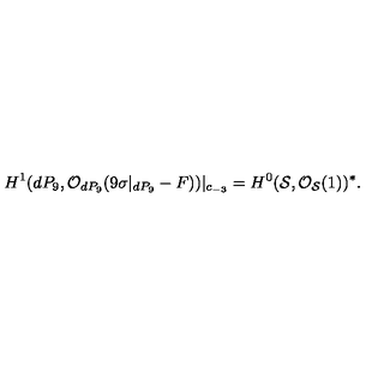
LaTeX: H ^ { 1 } ( d P _ { 9 } , { \cal O } _ { d P _ { 9 } } ( 9 \sigma | _ { d P _ { 9 } } - F ) ) | _ { c _ { - 3 } } = H ^ { 0 } ( { \cal S } , { \cal O } _ { { \cal S } } ( 1 ) ) ^ { * } .